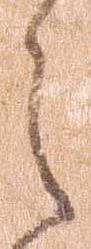
ら